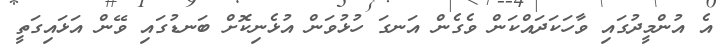
އެ އުންމީދުގައި ވާހަކަދައްކަން ވެގެން އަނގަ ހުޅުވަން އުޅެނިކޮށް ބަނޑުގައި ވޭން އަޅައިގަތީ